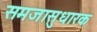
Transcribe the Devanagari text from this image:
समजासुधारक